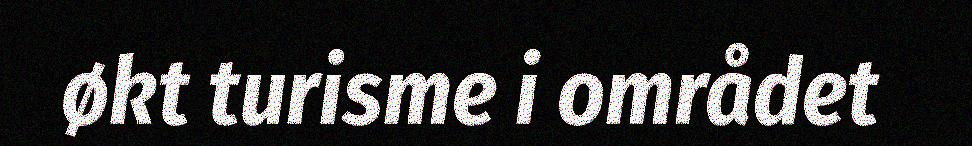
økt turisme i området